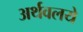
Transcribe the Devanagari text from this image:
अर्थवलये